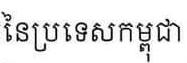
នៃប្រទេសកម្ពុជា